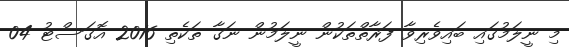
މި ނީލަމުގައި ބައިވެރިވާ ފަރާތްތަކުން ނީލަމުން ނަގާ ތަކެތި 2016 އޮގަސްޓު 04